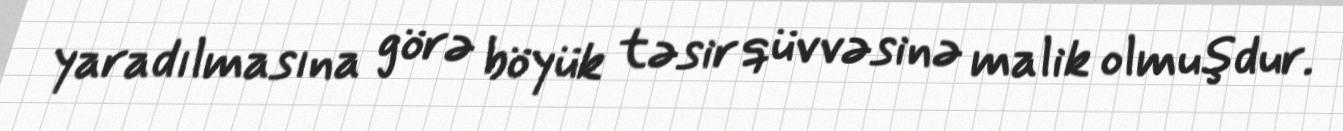
yaradılmasına görə böyük təsir qüvvəsinə malik olmuşdur.